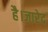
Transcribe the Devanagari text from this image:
है।जारेद